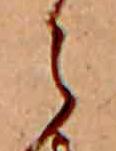
ら